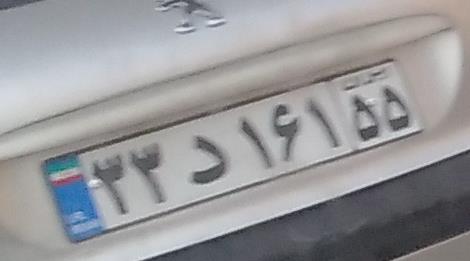
۳۳د۱۶۱۵۵